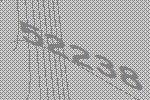
52238